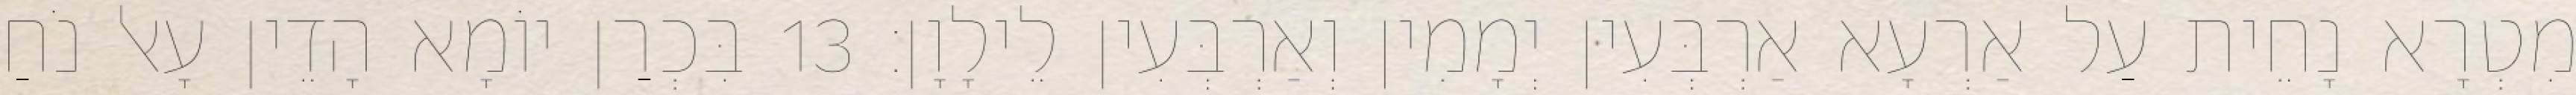
מִטְרָא נָחֵית עַל אַרְעָא אַרְבְּעִין יְמָמִין וְאַרְבְּעִין לֵילָוָן׃ 13 בִּכְרַן יוֹמָא הָדֵין עָאל נֹחַ